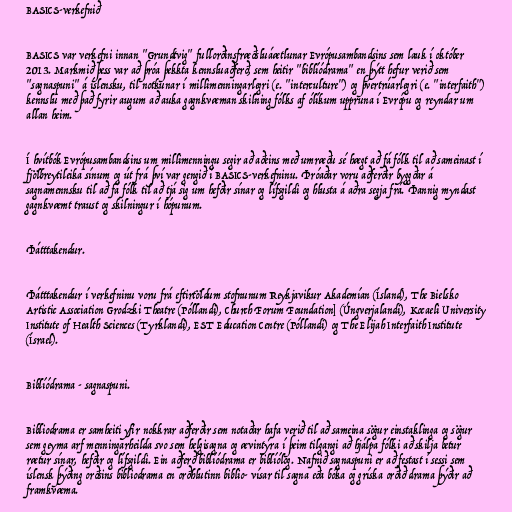
BASICS-verkefnið

BASICS var verkefni innan "Grundtvig" fullorðinsfræðsluáætlunar Evrópusambandsins sem lauk í október
2013. Markmið þess var að þróa þekkta kennsluaðferð, sem heitir "biblíódrama" en þýtt hefur verið sem
"sagnaspuni" á íslensku, til notkunar í millimenningarlegri (e. "interculture") og þvertrúarlegri (e. "interfaith")
kennslu með það fyrir augum að auka gagnkvæman skilning fólks af ólíkum uppruna í Evrópu og reyndar um
allan heim.

Í hvítbók Evrópusambandsins um millimenningu segir að aðeins með umræðu sé hægt að fá fólk til að sameinast í
fjölbreytileika sínum og út frá því var gengið í BASICS-verkefninu. Þróaðar voru aðferðir byggðar á
sagnamennsku til að fá fólk til að tjá sig um hefðir sínar og lífsgildi og hlusta á aðra segja frá. Þannig myndast
gagnkvæmt traust og skilningur í hópunum.

Þátttakendur.

Þátttakendur í verkefninu voru frá eftirtöldum stofnunum Reykjavikur Akademían (Ísland), The Bielsko
Artistic Association Grodzki Theatre (Póllandi), Church Forum Foundation] (Úngverjalandi), Kocaeli University
Institute of Health Sciences (Tyrklandi), EST Education Centre (Póllandi) og The Elijah Interfaith Institute
(Ísrael).

Biblíódrama - sagnaspuni.

Bibliodrama er samheiti yfir nokkrar aðferðir sem notaðar hafa verið til að sameina sögur einstaklinga og sögur
sem geyma arf menningarheilda svo sem helgisagna og ævintýra í þeim tilgangi að hjálpa fólki að skilja betur
rætur sínar, hefðir og lífsgildi. Ein aðferð biblíódrama er biblíólog. Nafnið sagnaspuni er að festast í sessi sem
íslensk þýðing orðsins bibliodrama en orðhlutinn biblio- vísar til sagna eða bóka og gríska orðið drama þýðir að
framkvæma.